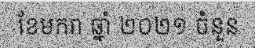
ខែមករា ឆ្នាំ ២០២១ ចំនួន